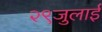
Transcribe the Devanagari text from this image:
२९जुलाई